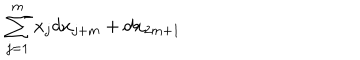
LaTeX: \sum _ { j = 1 } ^ { m } x _ { j } d x _ { j + m } + d x _ { 2 m + 1 }